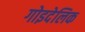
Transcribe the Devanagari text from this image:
गोइदेलिक